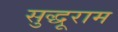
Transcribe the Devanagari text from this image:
सुद्धूराम